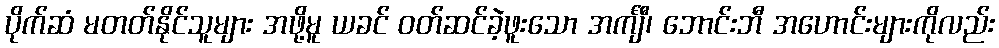
ပိုက်ဆံ မတတ်နိုင်သူများ အဖို့မူ ယခင် ဝတ်ဆင်ခဲ့ဖူးသော အင်္ကျီ၊ ဘောင်းဘီ အဟောင်းများကိုလည်း